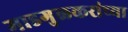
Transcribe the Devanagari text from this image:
माडगुळकरांच्या